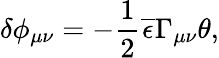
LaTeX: \delta\phi_{\mu\nu}=-\frac{1}{2}\overline{{{\epsilon}}}\Gamma_{\mu\nu}\theta,